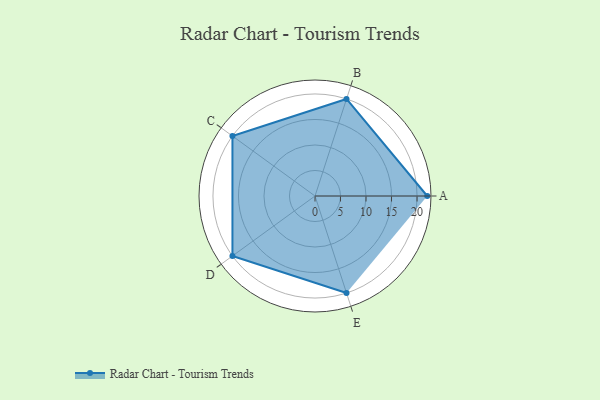
{"axis": {"x": "Skill", "y": "Score"}, "legend": ["Profile"], "data": [{"x": "A", "y": 22.0, "type": "Profile"}, {"x": "B", "y": 20.0, "type": "Profile"}, {"x": "C", "y": 20, "type": "Profile"}, {"x": "D", "y": 20, "type": "Profile"}, {"x": "E", "y": 20, "type": "Profile"}]}